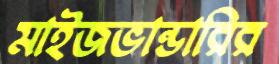
মাইজভান্ডারির